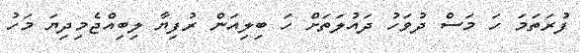
ފުރަތަމަ ހަ މަސް ދުވަހު ދައުލަތަށް ހަ ބިލިއަން ރުފިޔާ ލިބިއްޖެމިދިޔަ މަހު